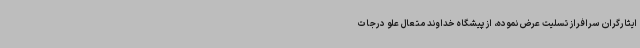
ایثارگران سرافراز تسلیت عرض نموده، از پیشگاه خداوند متعال علو درجات